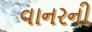
વાનરની